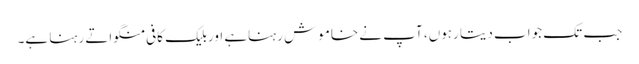
جب تک جواب دیتا رہوں، آپ نے خاموش رہناہے اوربلیک کافی منگواتے رہنا ہے۔